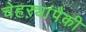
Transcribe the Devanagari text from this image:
चेहऱ्यांपैकी